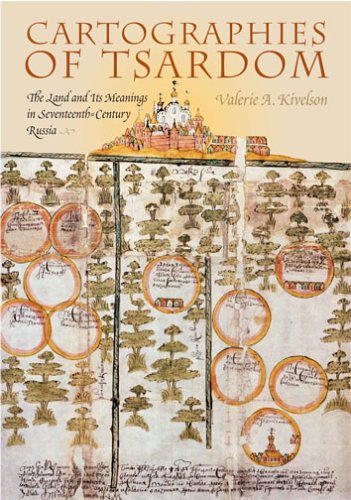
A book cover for Cartographies of Tsardom: The Land and Its Meanings in Seventeenth-Century Russia; Valerie Kivelson; Science & Math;